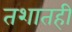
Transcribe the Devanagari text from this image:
तशातही